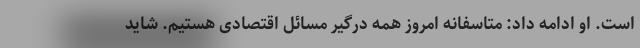
است. او ادامه داد: متاسفانه امروز همه درگیر مسائل اقتصادی هستیم. شاید